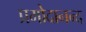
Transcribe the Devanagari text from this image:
प्रमोदानन्द